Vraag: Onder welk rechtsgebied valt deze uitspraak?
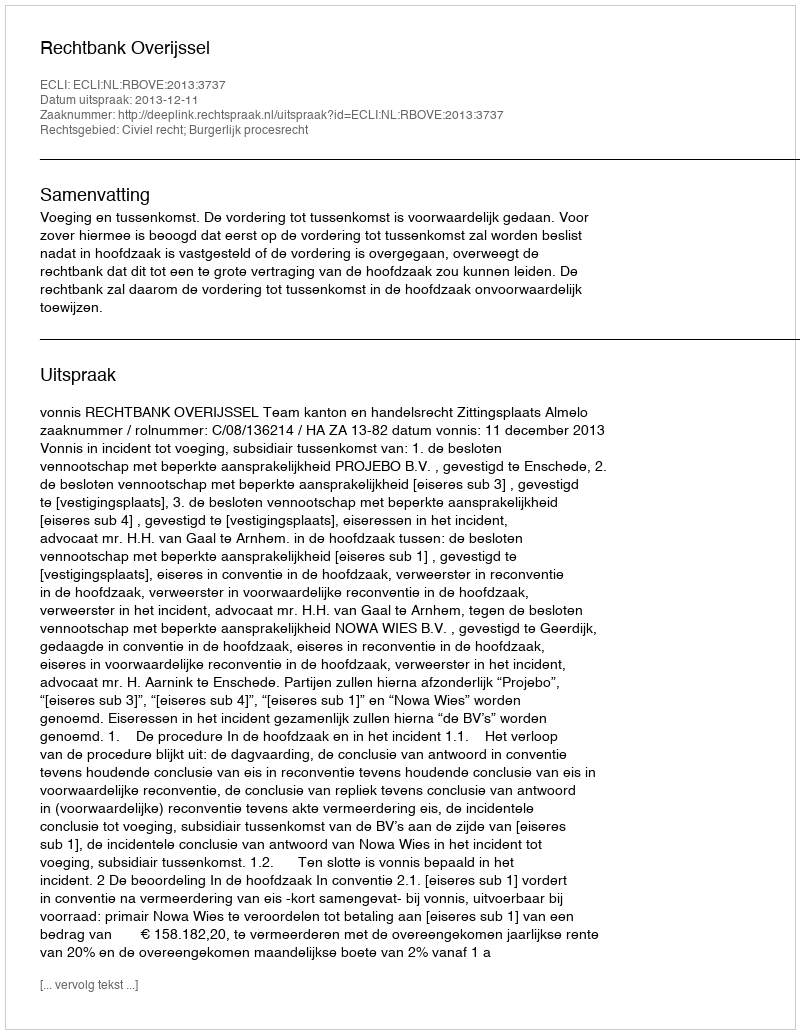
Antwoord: Civiel recht; Burgerlijk procesrecht